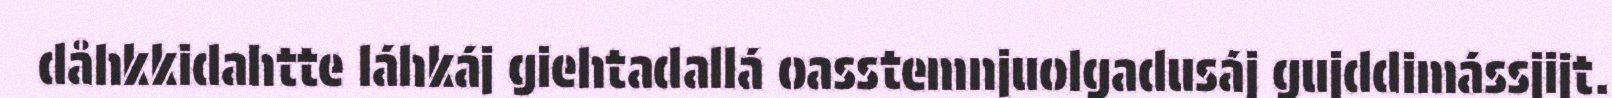
dåhkkidahtte láhkáj giehtadallá oasstemnjuolgadusáj gujddimássjijt.